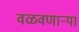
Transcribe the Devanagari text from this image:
वळवणाऱ्या